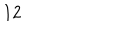
1 2